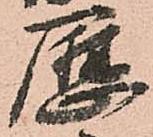
歴